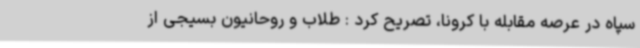
سپاه در عرصه مقابله با کرونا، تصریح کرد : طلاب و روحانیون بسیجی از